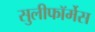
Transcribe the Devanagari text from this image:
सुलीफॉर्मेस